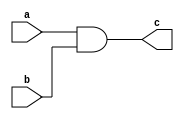
module S(a,b,c);
 input a,b;
 output c;

 assign c = a & b;
endmodule


module M(a,b,c);
 input a,b;
 wire d;
 wire e, f;
 output c;
 
 S s1(e,b,d);
 S s2(f,d,c);
 
    assign e = a ^ b;
    assign f = a | b; 
 

endmodule

module hierarchy(a, b, c);
 input a,b;
 wire d;
 output c;

 M m1(a,b,d);
 M m2(a,d,c);
endmodule